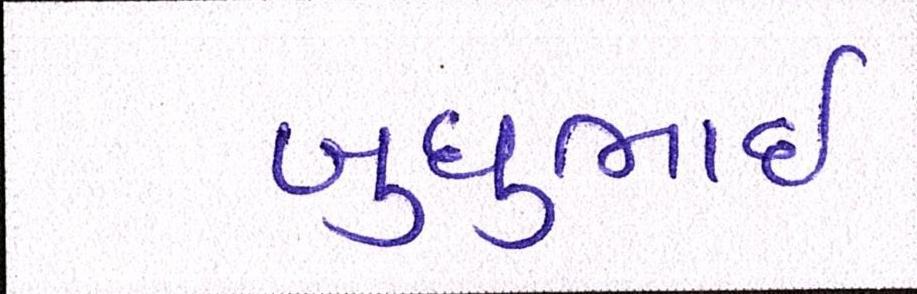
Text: બુધુભાઇ